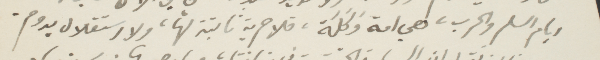
ايام السلم والحرب، لهي امه وكلة، فلا حرية ثابتة لها، ولا استقلال يدوم.